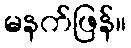
မနက်ဖြန်။